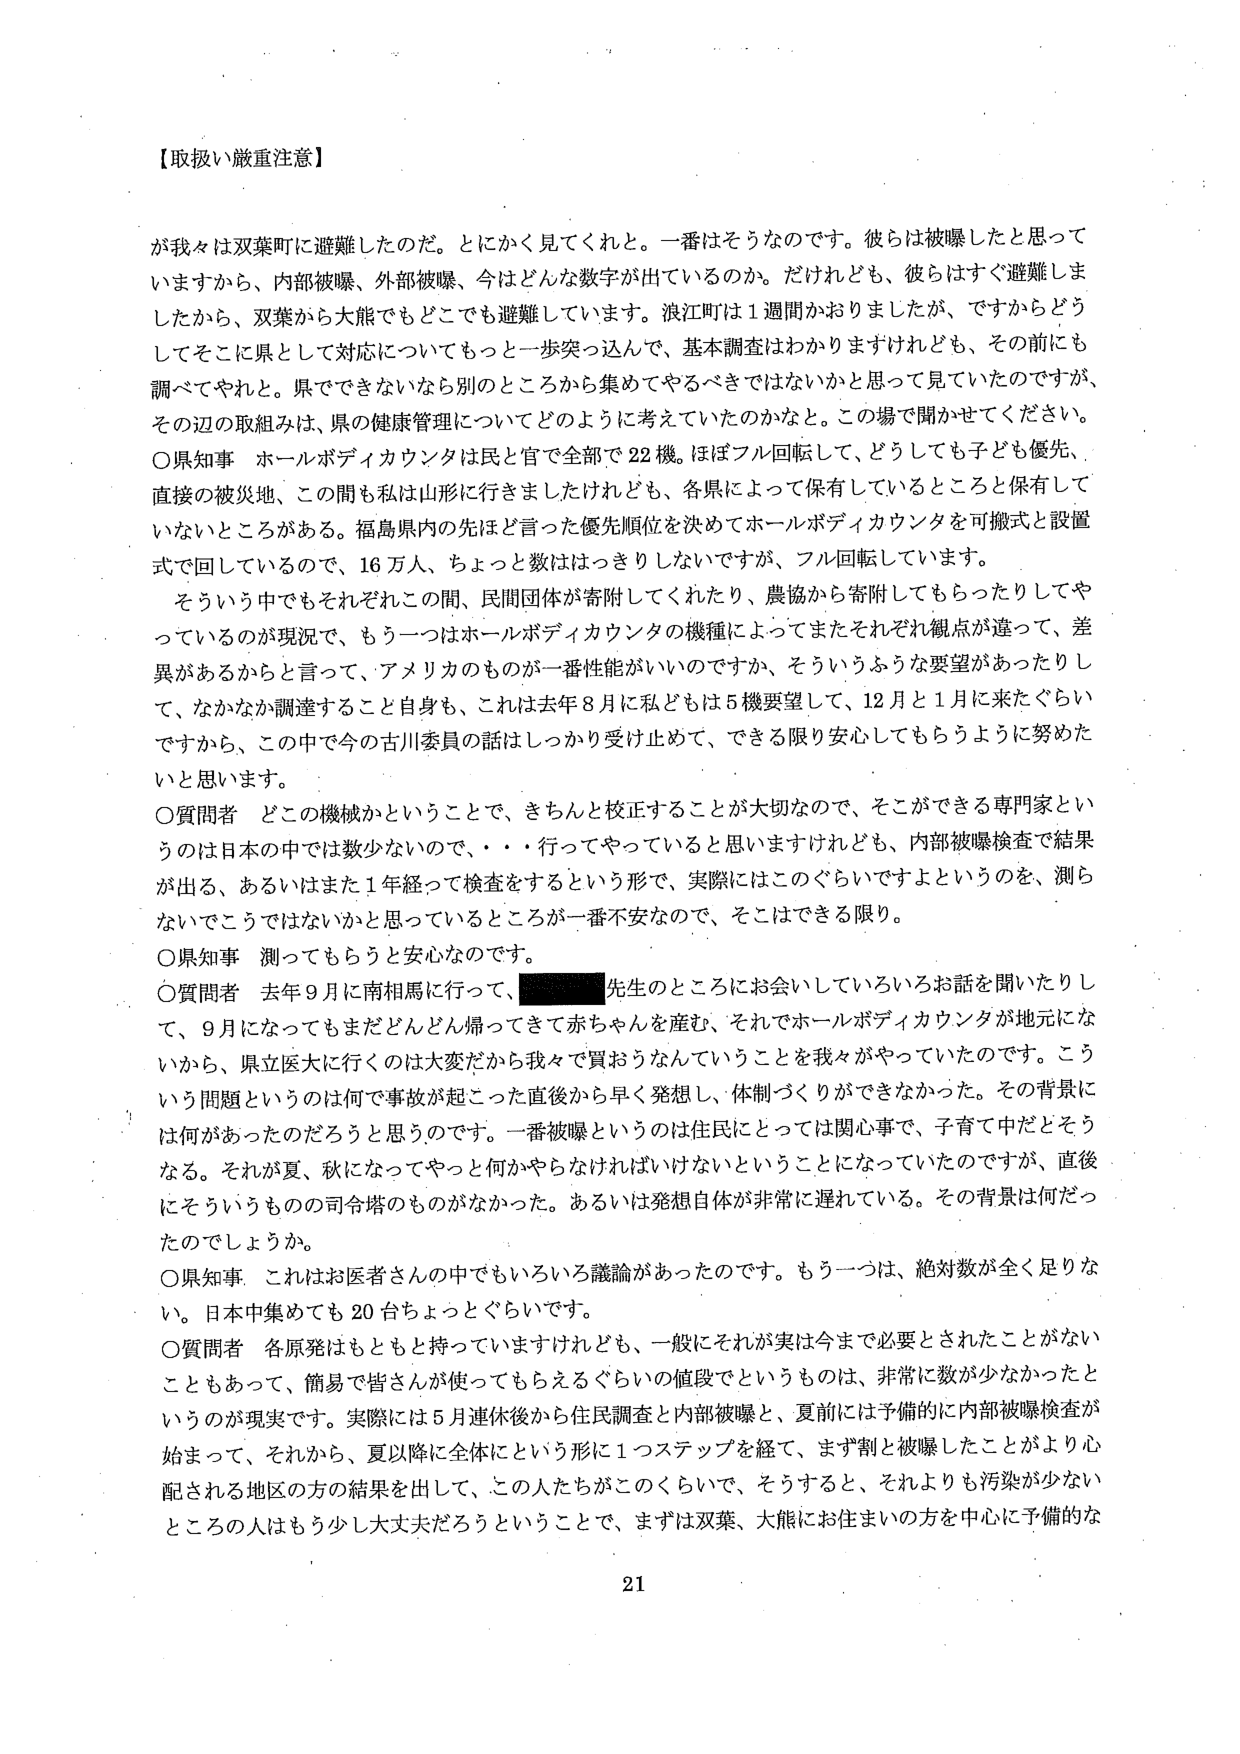
【取扱い厳重注意】

が我々は双葉町に避難したのだ。とにかく見てくれと。一番はそうなのです。彼らは被曝したと思って
いますから、内部被曝、外部被曝、今はどんな数字が出ているのか。だけれども、彼らはすぐ避難しま
したから、双葉から大熊でもどこでも避難しています。浪江町は1週間かおりましたが、ですからどう
してそこに県として対応についてもっと一歩突っ込んで、基本調査はわかりますけれども、その前にも
調べてやれと。県でできないなら別のところから集めてやるべきではないかと思って見ていたのですが、
その辺の取組みは、県の健康管理についてどのように考えていたのかなと。この場で聞かせてください。

〇県知事 ホールボディカウンタは民と官で全部で22機。ほぼフル回転して、どうしても子ども優先、
直接の被災地、この間も私は山形に行きましたけれども、各県によって保有しているところと保有して
いないところがある。福島県内の先ほど言った優先順位を決めてホールボディカウンタを可搬式と設置
式で回しているので、16万人、ちょっと数ははっきりしないですが、フル回転しています。

そういう中でもそれぞれこの間、民間団体が寄附してくれたり、農協から寄附してもらったりしてや
っているのが現況で、もう一つはホールボディカウンタの機種によってまたそれぞれ観点が違って、差
異があるからと言って、アメリカのものが一番性能がいいのですか、そういうような要望があったりし
て、なかなか調達すること自身も、これは去年8月に私どもは5機要望して、12月と1月に来たぐらい
ですから、この中で今の古川委員の話はしっかり受け止めて、できる限り安心してもらうように努めた
いと思います。

〇質問者 どの機械かということで、きちんと校正することが大切なので、そこができる専門家とい
うのは日本の中では数少ないので・・・行ってやっていると思いますけれども、内部被曝検査で結果
が出る、あるいはまた1年経って検査をするという形で、実際にはこのぐらいですよというのを、測ら
ないでこうではないかと思っているところが一番不安なので、そこはできる限り。

〇県知事 測ってもらうと安心なのです。

〇質問者 去年9月に南相馬に行って、■■■■先生のところにお会いしていろいろお話を聞いたりし
て、9月になってもまだどんどん帰ってきて赤ちゃんを産む、それでホールボディカウンタが地元にな
いから、県立医大に行くのは大変だから我々で買おうなんということを我々がやっていたのです。こう
いう問題というのは何で事故が起こった直後から早く発想し、体制づくりができなかった。その背景に
は何があったのだろうと思うのです。一番被曝というのは住民にとっては関心事で、子育て中だとそう
なる。それが夏、秋になってやっと何かやらなければいけないということになっていたのですが、直後
にそういうものの司令塔のものがなかった。あるいは発想自体が非常に遅れている。その背景は何だっ
たのでしょうか。

〇県知事 これはお医者さんの中でもいろいろ議論があったのです。もう一つは、絶対数が全く足りな
い。日本中集めても20台ちょっとぐらいです。

〇質問者 各原発はもともと持っていますけれども、一般にそれが実は今まで必要とされたことがない
こともあって、簡易で皆さんが使ってもらえるぐらいの値段でというものは、非常に数が少なかったと
いうのが現実です。実際には5月連休後から住民調査と内部被曝と、夏前には予備的に内部被曝検査が
始まって、それから、夏以降に全体にという形に1つステップを経て、まず割と被曝したことがより心
配される地区の方の結果を出して、この人たちがこのくらいで、そうすると、それよりも汚染が少ない
ところの人はもう少し大丈夫だろうということで、まずは双葉、大熊にお住まいの方を中心に予備的な

21